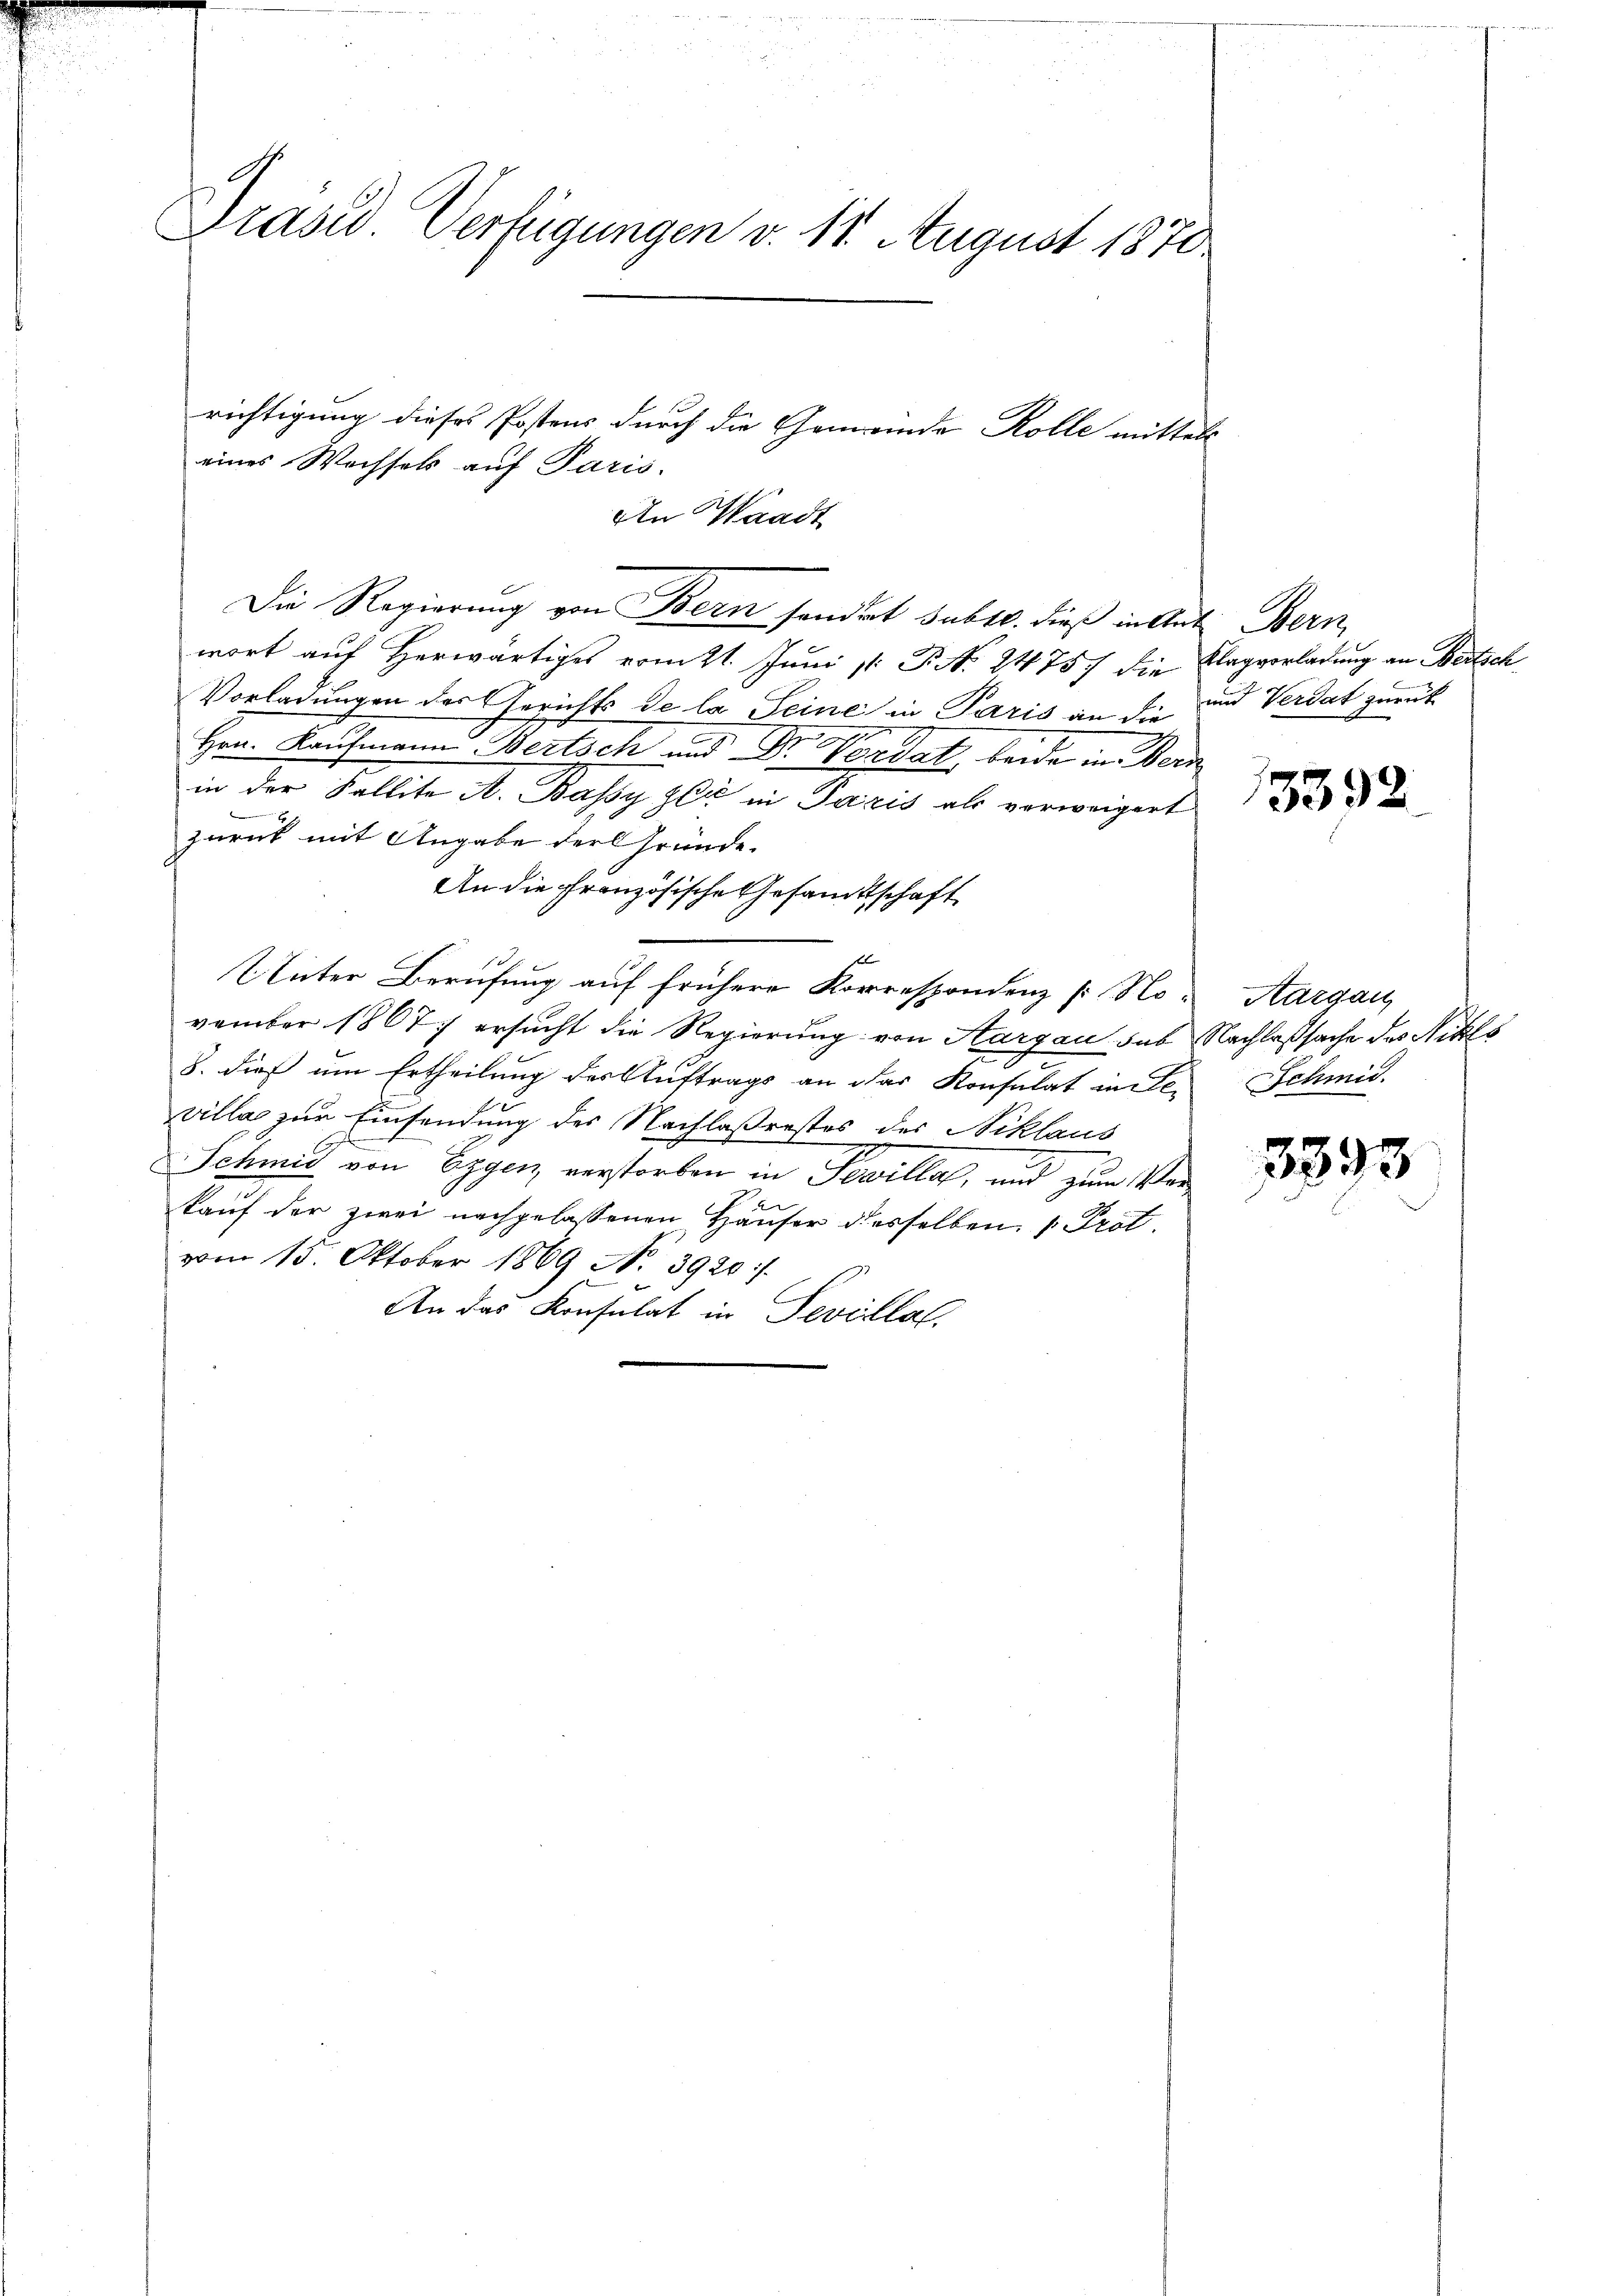
Präsid. Verfügungen v. 11. August 1870

richtigung dieses Postens durch die Gemeinde Rolle mittels
An Waadt
Die Regierung von Bern sonderet subtl. dieß in tat Bern
wort auf Herwärtiges vom 21. Juni  P. No. 2475. die Klagverladung an Bertsch
Vorladungen des Gerichts de la Seine in Paris an die und Verdat zurück
Hrn. Kaufmann Bertsch und Dr Vordat beide in Dein
in der Fallite A. Bassy zu in Paris als verweigert
zurück mit Angabe der Gründe.
An die Französische Gesamtschaft
s
Unter Berufung auf frühere Korrespondenz [No-Aargau,
vember 1867) ersucht die Regierung von Aargau sub Nachlaßsache des Nikls
8. dieß um Ertheilung des Auftrags an das Konsulat in der Schmid.
villas zur Einsendung des Nachlaßenstos des Niklaus
Schmid von Eggen verstorben in Tevilla, und zum Verkauf der zwei nachgelassenen Häuser desselben 1. Prot.
vom 15. Oktober 1869 No 3920 :/.
An das Konsulat in Devillal.

eines Wochsels auf Paris.

13392

5393